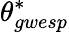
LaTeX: \theta_{gwesp}^{*}